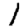
Digit: 1